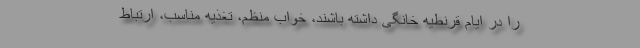
را در ایام قرنطیه خانگی داشته باشند، خواب منظم، تغذیه مناسب، ارتباط